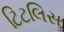
ટિટલિસ